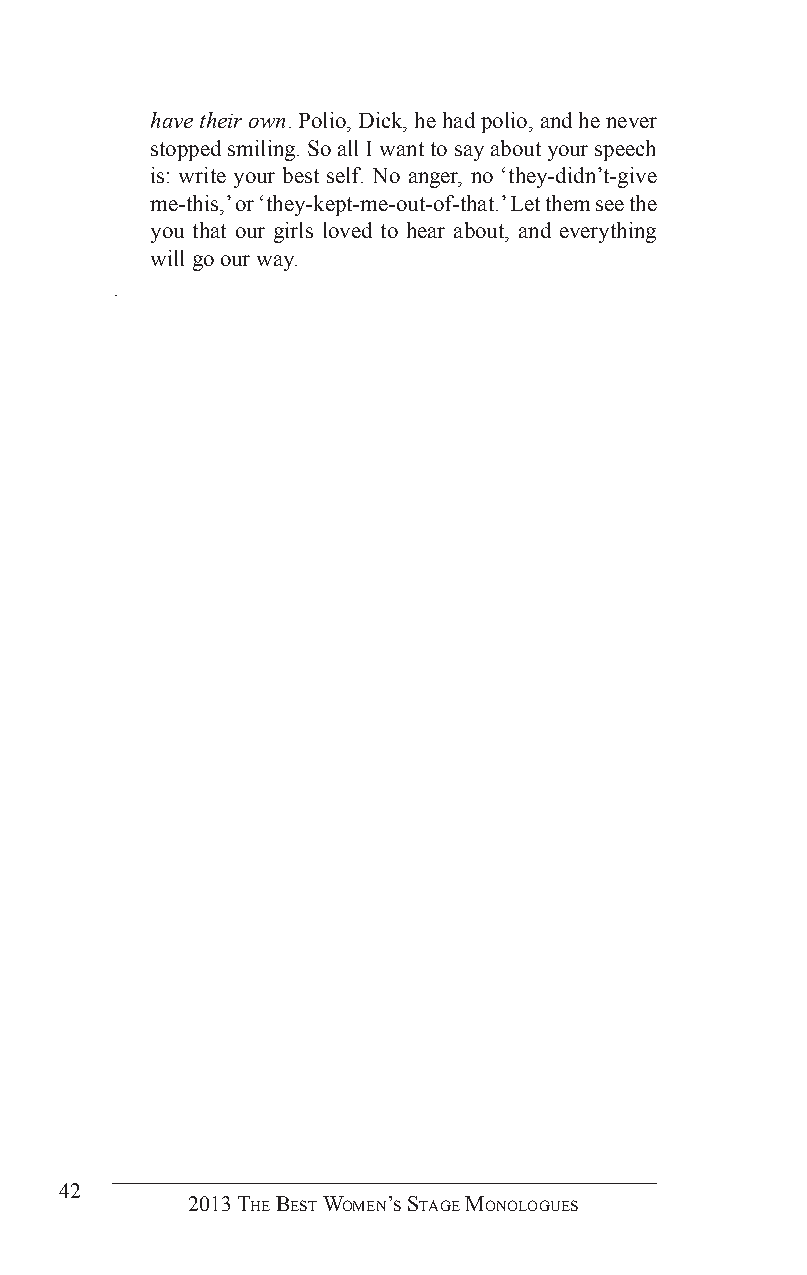
have their own. Polio, Dick, he had polio, and he never
 stopped smiling. So all I want to say about your speech
 is: write your best self. No anger, no ‘they-didn’t-give
 me-this,’ or ‘they-kept-me-out-of-that.’ Let them see the
 you that our girls loved to hear about, and everything
 will go our way.
 .
 42
 2013 The BesT Women’s sTage monologues